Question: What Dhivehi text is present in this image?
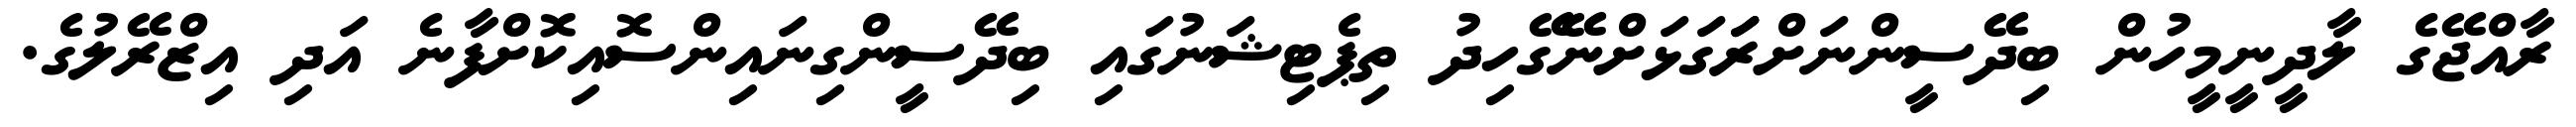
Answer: ރާއްޖޭގެ ލާދީނީމީހުން ބިދޭސީންނަށްރަަގަޅަށްނޭގޭހިދު ތިޕެޓިޝަނުގައި ބިދޭސީންގިނައިންސޮއިކޮށްފާނެ އަދި އިޒްރޭލުގެ.